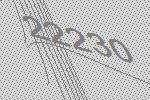
22230